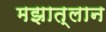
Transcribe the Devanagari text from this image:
मझात्लान